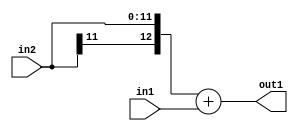
`timescale 1ps / 1ps
/*****************************************************************************
    Verilog RTL Description
    
    
    Created by: Stratus DpOpt 2019.1.01 
*******************************************************************************/

module SobelFilter_Add_12Sx10U_13S_1 (
	in2,
	in1,
	out1
	); /* architecture "behavioural" */ 
input [11:0] in2;
input [9:0] in1;
output [12:0] out1;
wire [12:0] asc001;

assign asc001 = 
	+({in2[11], in2})
	+(in1);

assign out1 = asc001;
endmodule

/* CADENCE  ubH1SA0= : u9/ySgnWtBlWxVPRXgAZ4Og= ** DO NOT EDIT THIS LINE ******/